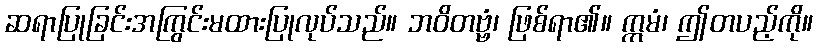
ဆရာပြုခြင်းအကြွင်းမထားပြုလုပ်သည်။ ဘဝိတဗ္ဗံ၊ ဖြစ်ရာ၏။ ဣမံ၊ ဤတပည့်ကို။